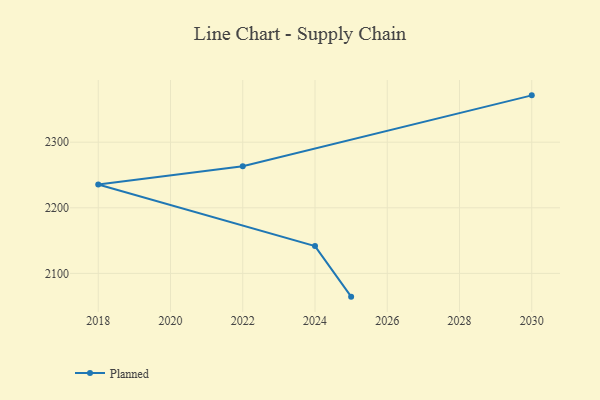
{"axis": {"x": "Year", "y": "Churn Rate (%)"}, "legend": ["Planned"], "data": [{"x": "2025", "y": 2064.6, "type": "Planned"}, {"x": "2024", "y": 2141.7, "type": "Planned"}, {"x": "2018", "y": 2235.6, "type": "Planned"}, {"x": "2022", "y": 2263.3, "type": "Planned"}, {"x": "2030", "y": 2371.4, "type": "Planned"}]}